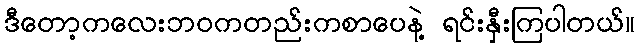
ဒီတော့ကလေးဘဝကတည်းကစာပေနဲ့ ရင်းနှီးကြပါတယ်။